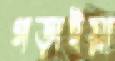
গড়াইয়া